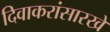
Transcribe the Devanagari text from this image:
दिवाकरांसारखे